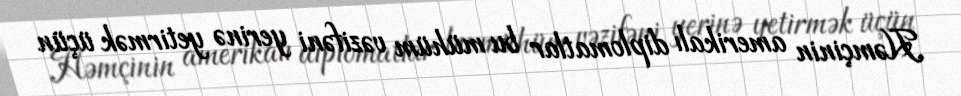
Həmçinin amerikalı diplomatlar bu mühüm vəzifəni yerinə yetirmək üçün